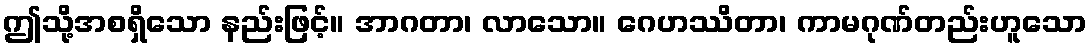
ဤသို့အစရှိသော နည်းဖြင့်။ အာဂတာ၊ လာသော။ ဂေဟဿိတာ၊ ကာမဂုဏ်တည်းဟူသော